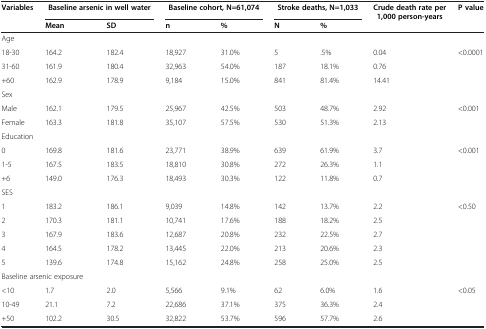
<table><thead><tr><td><b>Variables</b></td><td colspan="2"><b>Baseline arsenic in well water</b></td><td colspan="2"><b>Baseline cohort, N=61,074</b></td><td colspan="2"><b>Stroke deaths, N=1,033</b></td><td><b>Crude death rate per 1,000 person-years</b></td><td><b>P value</b></td></tr><tr><td><b> </b></td><td><b>Mean</b></td><td><b>SD</b></td><td><b>n</b></td><td><b>%</b></td><td><b>N</b></td><td><b>%</b></td><td><b> </b></td><td><b> </b></td></tr></thead><tbody><tr><td colspan="9">Age</td></tr><tr><td>18-30</td><td>164.2</td><td>182.4</td><td>18,927</td><td>31.0%</td><td>5</td><td>.5%</td><td>0.04</td><td rowspan="3">&lt;0.0001</td></tr><tr><td>31-60</td><td>161.9</td><td>180.4</td><td>32,963</td><td>54.0%</td><td>187</td><td>18.1%</td><td>0.76</td></tr><tr><td>+60</td><td>162.9</td><td>178.9</td><td>9,184</td><td>15.0%</td><td>841</td><td>81.4%</td><td>14.41</td></tr><tr><td colspan="9">Sex</td></tr><tr><td>Male</td><td>162.1</td><td>179.5</td><td>25,967</td><td>42.5%</td><td>503</td><td>48.7%</td><td>2.92</td><td rowspan="2">&lt;0.001</td></tr><tr><td>Female</td><td>163.3</td><td>181.8</td><td>35,107</td><td>57.5%</td><td>530</td><td>51.3%</td><td>2.13</td></tr><tr><td colspan="9">Education</td></tr><tr><td>0</td><td>169.8</td><td>181.6</td><td>23,771</td><td>38.9%</td><td>639</td><td>61.9%</td><td>3.7</td><td rowspan="3">&lt;0.001</td></tr><tr><td>1-5</td><td>167.5</td><td>183.5</td><td>18,810</td><td>30.8%</td><td>272</td><td>26.3%</td><td>1.1</td></tr><tr><td>+6</td><td>149.0</td><td>176.3</td><td>18,493</td><td>30.3%</td><td>122</td><td>11.8%</td><td>0.7</td></tr><tr><td colspan="9">SES</td></tr><tr><td>1</td><td>183.2</td><td>186.1</td><td>9,039</td><td>14.8%</td><td>142</td><td>13.7%</td><td>2.2</td><td rowspan="5">&lt;0.50</td></tr><tr><td>2</td><td>170.3</td><td>181.1</td><td>10,741</td><td>17.6%</td><td>188</td><td>18.2%</td><td>2.5</td></tr><tr><td>3</td><td>167.9</td><td>183.6</td><td>12,687</td><td>20.8%</td><td>232</td><td>22.5%</td><td>2.7</td></tr><tr><td>4</td><td>164.5</td><td>178.2</td><td>13,445</td><td>22.0%</td><td>213</td><td>20.6%</td><td>2.3</td></tr><tr><td>5</td><td>139.6</td><td>174.8</td><td>15,162</td><td>24.8%</td><td>258</td><td>25.0%</td><td>2.5</td></tr><tr><td colspan="9">Baseline arsenic exposure</td></tr><tr><td>&lt;10</td><td>1.7</td><td>2.0</td><td>5,566</td><td>9.1%</td><td>62</td><td>6.0%</td><td>1.6</td><td rowspan="2">&lt;0.05</td></tr><tr><td>10-49</td><td>21.1</td><td>7.2</td><td>22,686</td><td>37.1%</td><td>375</td><td>36.3%</td><td>2.4</td></tr><tr><td>+50</td><td>102.2</td><td>30.5</td><td>32,822</td><td>53.7%</td><td>596</td><td>57.7%</td><td>2.6</td><td> </td></tr></tbody></table>